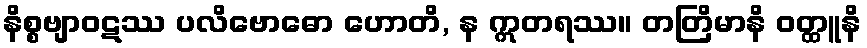
နိစ္စဗျာဝဋဿ ပလိဗောဓော ဟောတိ, န ဣတရဿ။ တတြိမာနိ ဝတ္ထူနိ